Vaccine operations Central Provinces & Berar 1922-1929 - 1922-1929
Year: 1922
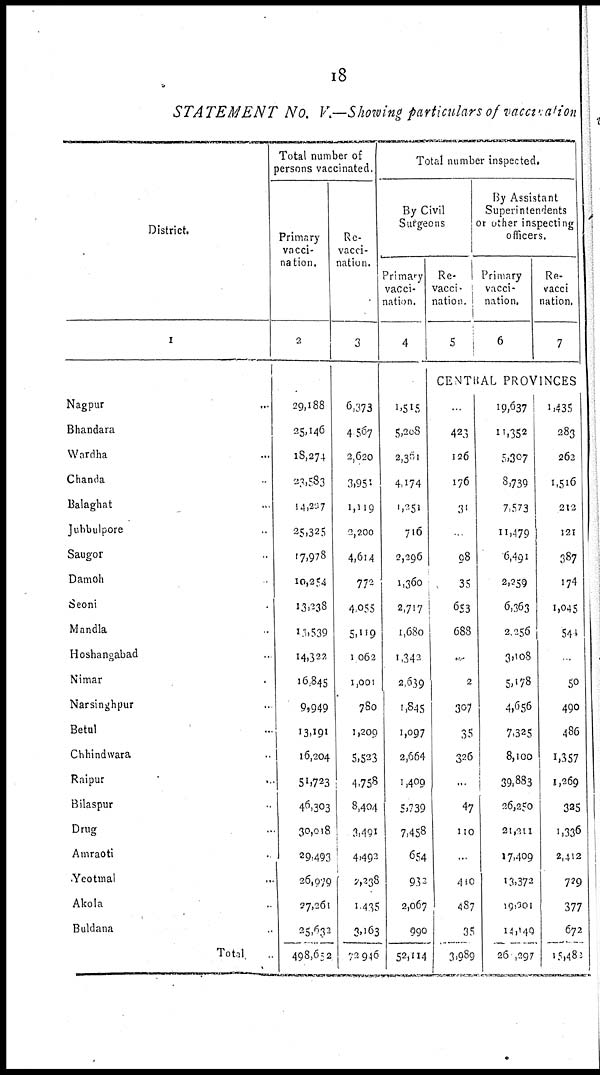
18
STATEMENT
No. V.—Showing particulars of vaccination
District.
1
Nagpur...
Bhandara...
Wardha...
Chanda...
Balaghat...
Jubbulpore...
Saugor...
Damoh...
Seoni...
Mandla...
Hoshangabad...
Nimar...
Narsinghpur...
Betul...
Chhindwara...
Raipur...
Bilaspur...
Drug...
Amraoti...
Yeotmal...
Akola...
Buldana...
Total...
Total number of
persons vaccinated.
Primary
vacci-
nation.
2
29,188
25,146
18,274
23,583
14,207
25,325
17,978
10,254
13,238
10,539
14,322
16,845
9,949
13,191
16,204
51,723
46,303
30,018
29,493
26,079
27,261
25,632
498,652
Re-
vacci-
nation.
3
6,373
4,567
2,620
3,951
1,119
2,200
4,614
772
4,055
5,119
1,062
1,001
780
1,209
5,523
4,758
8,404
3,491
4,493
2,238
1,435
3,163
72,946
Total number inspected.
By Civil
Surgeons
Primary
vacci-
nation.
4
1,515
5,208
2,361
4,174
1,251
716
2,296
1,360
2,717
1,680
1,342
2,639
1,845
1,097
2,664
1,409
5,739
7,458
654
932
2,067
990
52,114
Re-
vacci-
nation.
5
By Assistant
Superintendents
or other inspecting
officers.
Primary
vacci-
nation.
6
Re-
vacci
nation.
7
CENTRAL PROVINCES
..
423
126
176
31
98
35
653
688
..
2
307
35
326
...
47
110
..
410
487
35
3,989
19,637
11,352
5,307
8,739
7,573
11,479
6,491
2,259
6,363
2,256
3,108
5,178
4,656
7,325
8,100
39,883
26,250
21,211
17,409
13,372
19,301
14,149
26,297
1,435
283
262
1,516
212
121
387
174
1,045
541
..
50
490
486
1,357
1,269
325
1,336
2,412
729
377
672
15,480